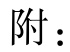
附：